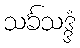
သင်္ခသဒ္ဒံ